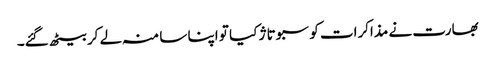
بھارت نے مذاکرات کو سبوتاژ کیا تو اپنا سا منہ لے کر بیٹھ گئے۔